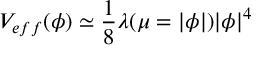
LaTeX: V _ { e f f } ( \phi ) \simeq \frac { 1 } { 8 } \lambda ( \mu = | \phi | ) | \phi | ^ { 4 }